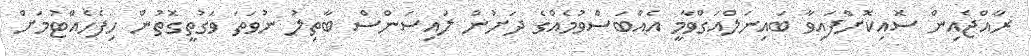
ރާއްޖެއިން ސޮއިކޮށްފައިވާ ބައިނަލްއަގްވާމީ އެއްބަސްވުމެއްގެ ދަށުން ލައިސަންސް ބާތިލު ނުވަތަ ވަގުތީގޮތުން ހިފެހެއްޓުމަށް